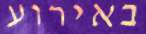
באירוע